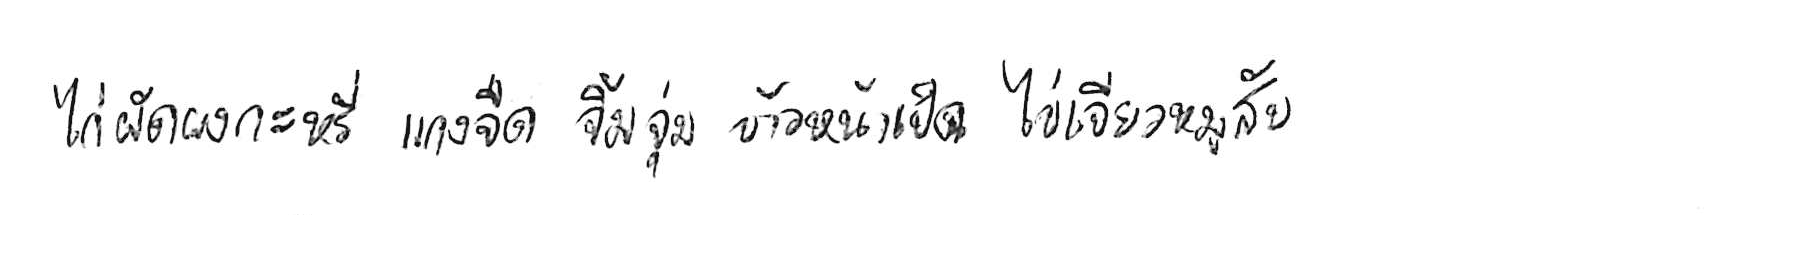
ไก่ผัดผงกะหรี่ แกงจืด จิ้มจุ่ม ข้าวหน้าเป็ด ไข่เจียวหมูสับ